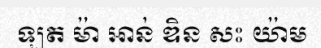
ឡត ម៉ា អាន់ ឌិន សះ យ៉ាម